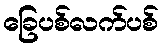
ခြေပစ်လက်ပစ်